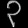
Digit: ၃